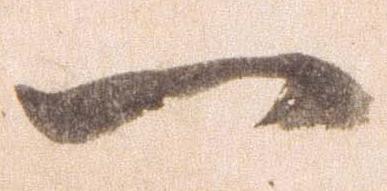
一